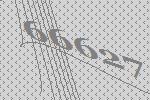
66627